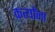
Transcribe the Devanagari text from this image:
कर्त्यांना